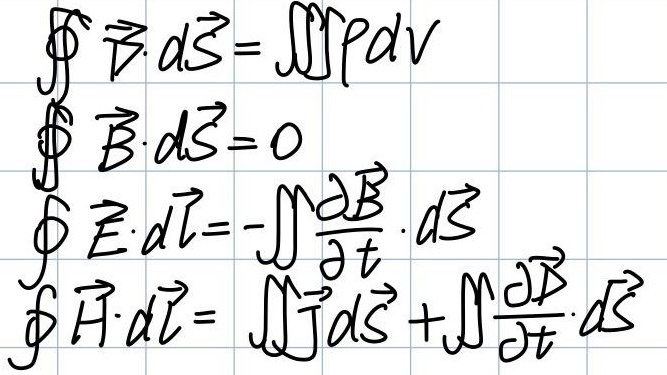
\[\begin{align*}
\oint\vec{D}\cdot d\vec{S}&=\iiint\rho dV\\
\oint\vec{B}\cdot d\vec{S}&= 0\\
\oint\vec{E}\cdot d\vec{l}&=-\iint\frac{\partial\vec{B}}{\partial t}\cdot d\vec{S}\\
\oint\vec{H}\cdot d\vec{l}&=\iint\vec{J}\cdot d\vec{S}+\iint\frac{\partial\vec{D}}{\partial t}\cdot d\vec{S}
\end{align*}\]